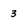
Character: 3